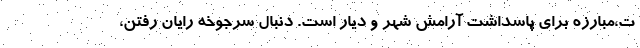
ت،مبارزه برای پاسداشت آرامش شهر و دیار است. دنبال سرجوخه رایان رفتن،